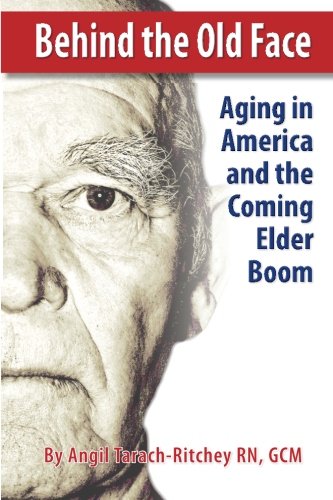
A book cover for Behind the Old Face: Aging in America and the Coming Elder Boom; GCM, Angil Tarach-Ritchey RN; Medical Books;